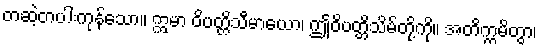
တဆဲ့တပါးကုန်သော။ ဣမာ ဝိပတ္တိသီမာယော၊ ဤဝိပတ္တိသိမ်တို့ကို။ အတိက္ကမိတွာ၊